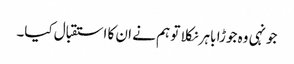
جونہی وہ جوڑا باہر نکلا تو ہم نے ان کا استقبال کیا۔